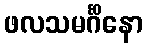
ဖလသမင်္ဂိနော